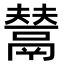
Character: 𩰿